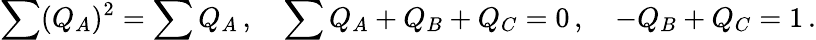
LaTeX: \sum(Q_{A})^{2}=\sum Q_{A}\, ,\quad\sum Q_{A}+Q_{B}+Q_{C}=0\, ,\quad-Q_{B}+Q_{C}=1\, .